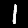
Label: 1